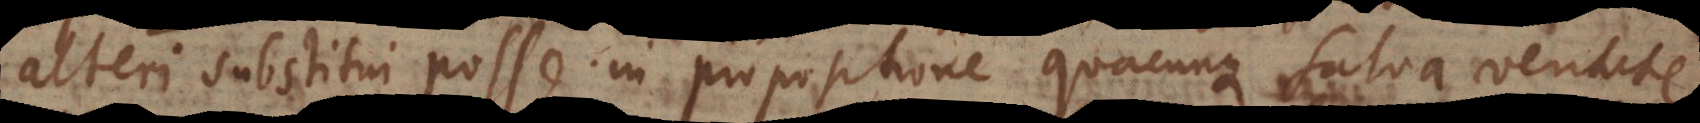
alteri substitui posse in propositione quacunque salva veritate.